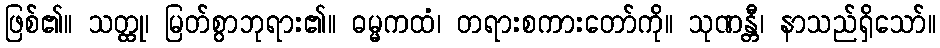
ဖြစ်၏။ သတ္ထု၊ မြတ်စွာဘုရား၏။ ဓမ္မကထံ၊ တရားစကားတော်ကို။ သုဏန္တီ၊ နာသည်ရှိသော်။